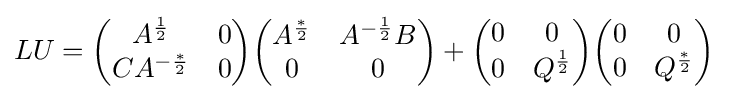
LU={\begin{pmatrix}A^{\frac {1}{2}}&0\\CA^{-{\frac {*}{2}}}&0\end{pmatrix}}{\begin{pmatrix}A^{\frac {*}{2}}&A^{-{\frac {1}{2}}}B\\0&0\end{pmatrix}}+{\begin{pmatrix}0&0\\0&Q^{\frac {1}{2}}\end{pmatrix}}{\begin{pmatrix}0&0\\0&Q^{\frac {*}{2}}\end{pmatrix}}